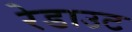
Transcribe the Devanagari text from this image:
रेडाउट